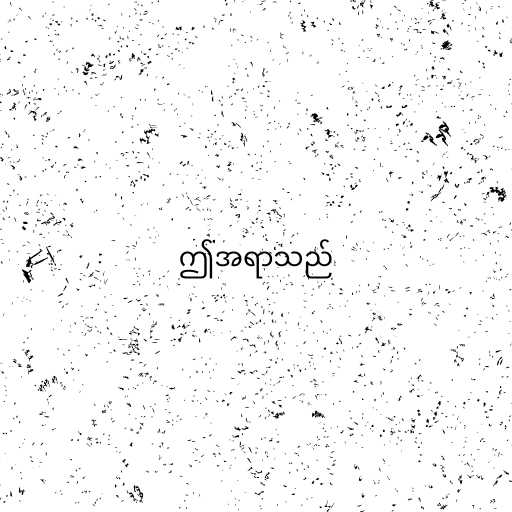
ဤအရာသည်